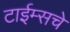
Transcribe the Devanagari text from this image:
टाईम्सचे